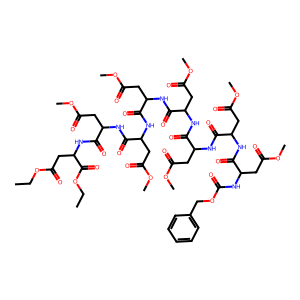
SMILES: CCOC(=O)CC(NC(=O)C(CC(=O)OC)NC(=O)C(CC(=O)OC)NC(=O)C(CC(=O)OC)NC(=O)C(CC(=O)OC)NC(=O)C(CC(=O)OC)NC(=O)C(CC(=O)OC)NC(=O)C(CC(=O)OC)NC(=O)OCc1ccccc1)C(=O)OCC
Inhibits HIV replication: No